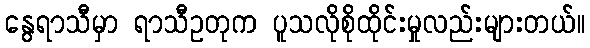
နွေရာသီမှာ ရာသီဥတုက ပူသလိုစိုထိုင်းမှုလည်းများတယ်။